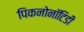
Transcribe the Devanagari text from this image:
पिकनोनॉटिडी